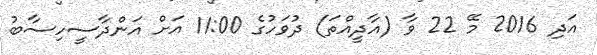
އަދި 2016 މޭ 22 ވާ (އާދީއްތަ) ދުވަހުގެ 11:00 އަށް އަންދާސީހިސާބު